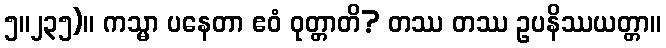
၅။၂၃၅)။ ကသ္မာ ပနေတာ ဧဝံ ဝုတ္တာတိ? တဿ တဿ ဥပနိဿယတ္တာ။